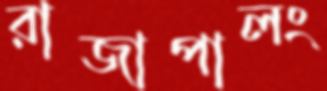
রাজাপালং